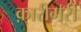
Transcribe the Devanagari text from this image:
क़ारीगरी